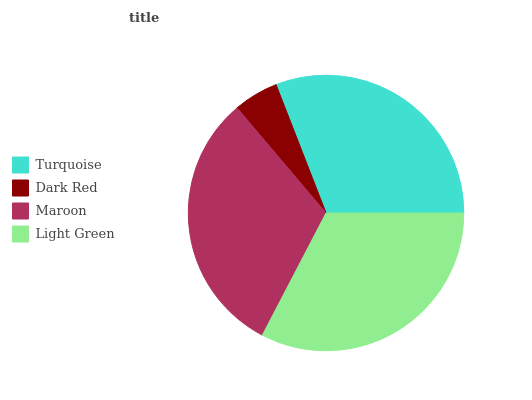
| Turquoise | Dark Red | Maroon | Light Green |
 | --- | --- | --- | --- |
 | 30.9% | 5.28% | 31.2% | 32.6% |